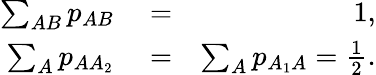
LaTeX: \begin{array}{rlr}{\sum_{AB}p_{AB}}&{{}=}&{1,}\\ {\sum_{A}p_{AA_{2}}}&{{}=}&{\sum_{A}p_{A_{1}A}=\frac{1}{2}.}\end{array}